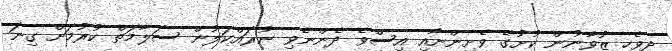
ދިވެހި ޒުވާނުން ކުށުގެ ވެށިންނާއި އިސްވެ ދެންނެވި ނުރައްކަލުން ސަލާމަތް ކުރުމަށް ގިނަ